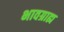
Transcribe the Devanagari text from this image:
भावग्राह्य